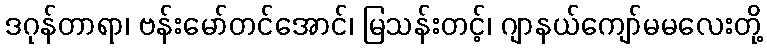
ဒဂုန်တာရာ၊ ဗန်းမော်တင်အောင်၊ မြသန်းတင့်၊ ဂျာနယ်ကျော်မမလေးတို့